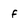
Character: f